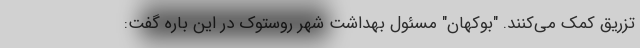
تزریق کمک می‌کنند. "بوکهان" مسئول بهداشت شهر روستوک در این باره گفت: